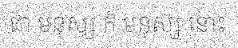
ជា មនុស្ស ក៏ មនុស្ស នោះ